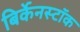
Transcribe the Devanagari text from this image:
बिर्केनस्टॉक